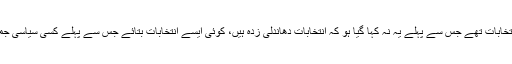
مختلف سوالات کا جواب دیتے ہوئے کہا کہ پاکستان میں کونسے ایسے انتخابات تھے جس سے پہلے یہ نہ کہا گیا ہو کہ انتخابات دھاندلی زدہ ہیں، کوئی ایسے انتخابات بتائے جس سے پہلے کسی سیاسی جماعت کے رہنماو¿ں نے دوسری جماعت میں شمولیت اختیار نہیں کی ہو۔